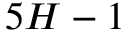
5 H - 1